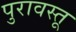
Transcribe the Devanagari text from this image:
पुरावस्तू